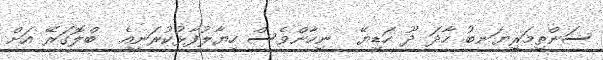
ސަންތިމަރިޔަނބު ހާދަ ދޫ ހަޑިޔޭ  ނިހާންވެސް ހިޔާލުފާޅުކުރަނީއެ  ބްލޮގަރޭ އަށް